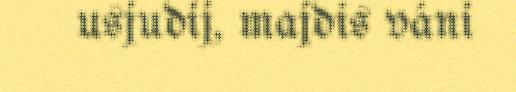
usjudij, majdis váni